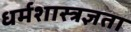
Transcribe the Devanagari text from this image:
धर्मशास्त्रज्ञता